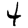
Digit: 4